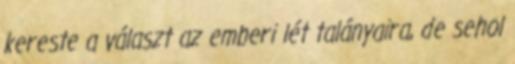
kereste a választ az emberi lét talányaira, de sehol